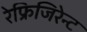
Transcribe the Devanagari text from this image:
रेफ्रिजिरेन्ट